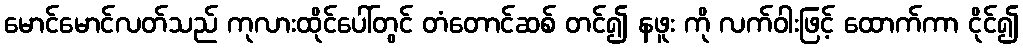
မောင်မောင်လတ်သည် ကုလားထိုင်ပေါ်တွင် တံတောင်ဆစ် တင်၍ နဖူး ကို လက်ဝါးဖြင့် ထောက်ကာ ငိုင်၍